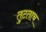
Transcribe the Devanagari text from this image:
तुटताच